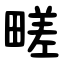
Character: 㽨